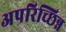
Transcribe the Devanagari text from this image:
अपरिच्छिन्न